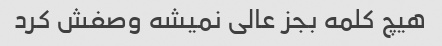
هیچ کلمه بجز عالی نمیشه وصفش کرد